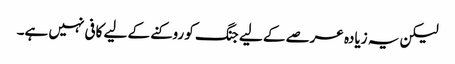
لیکن یہ زیادہ عرصے کے لیے جنگ کو روکنے کے لیے کافی نہیں ہے۔